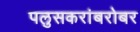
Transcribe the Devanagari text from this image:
पलुसकरांबरोबर